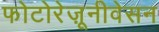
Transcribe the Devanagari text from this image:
फोटोरेज़ूनीवेसन